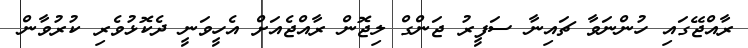
ރާއްޖޭގައި ހުންނަވާ ޗައިނާ ސަފީރު ޖަންގް ލިޖޮން ރާއްޖެއަށް އެހީވަނީ ދެކޮޅުވެރި ކުރުވާން